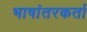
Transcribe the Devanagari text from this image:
भाषांतरकर्ता